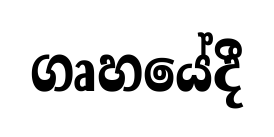
ගෘහයේදී